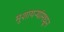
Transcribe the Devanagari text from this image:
मुशायऱ्यांमधून